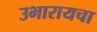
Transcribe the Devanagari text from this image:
उभारायचा